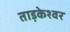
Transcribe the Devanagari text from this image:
ताड़केश्वर